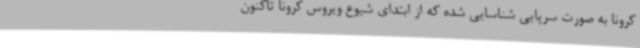
کرونا به ‌صورت سرپایی شناسایی شده که از ابتدای شیوع ویروس کرونا تاکنون